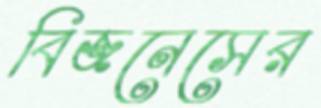
বিজনেসের